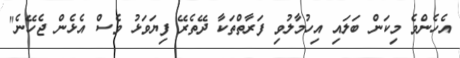
އެހެންވެ މިކަން ބަލައި އިހުމާލުވި ފަރާތްތަކާ ދޭތެރޭ ފިޔަވަޅު ވެސް އެޅެން ޖެހޭނެ"